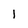
Character: l